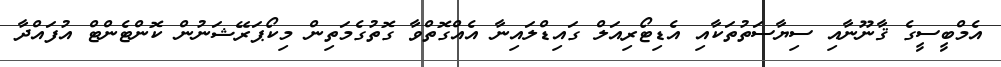
އެމްބީސީގެ ޤާނޫނާއި ސިޔާސަތުތަކާއި އެޑިޓޯރިއަލް ގައިޑްލައިނާ އެއްގޮތްވާ ގޮތުގެމަތިން މިކޯޕަރޭޝަނުން ކޮންޓެންޓް އުފައްދާ